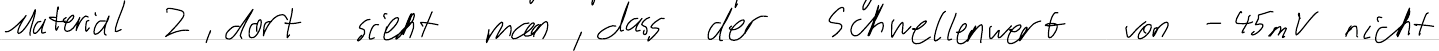
Material 2, dort sieht man, dass der Schwellenwert von -45mV nicht